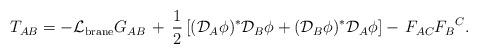
LaTeX: \begin{align*}T_{AB}=-{\cal L}_{\rm brane} G_{AB}\,+\, \frac{1}{2}\left[({\cal D}_A\phi)^*{\cal D}_{B}\phi +({\cal D}_B\phi)^*{\cal D}_A\phi\right]-\,F_{AC}{F_B}^{C}.\end{align*}